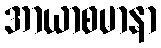
အာယာစမာနာ